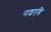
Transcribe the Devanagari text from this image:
नाइएन्चि